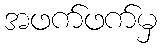
အဖက်ဖက်မှ